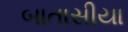
બાતાસીયા